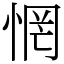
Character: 惘